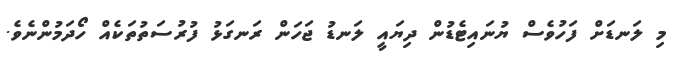
މި ލަނޑަށް ފަހުވެސް ޔުނައިޓެޑުން ދިޔައީ ލަނޑު ޖަހަން ރަނގަޅު ފުރުސަތުތަކެއް ހޯދަމުންނެވެ.